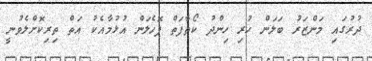
ދުރުގައި މަންޒަރު ބަލަން ހުރި ހިންދު ކޯތާފަތް ފޮހެލަން އުޅުމާއެކު އަތް ތިރިކޮށްލެވުނީ